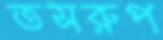
তসরুপ